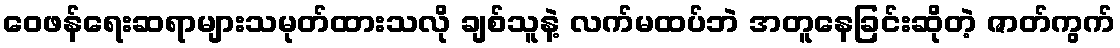
ဝေဖန်ရေးဆရာများသမုတ်ထားသလို ချစ်သူနဲ့ လက်မထပ်ဘဲ အတူနေခြင်းဆိုတဲ့ ဇာတ်ကွက်